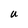
Character: U